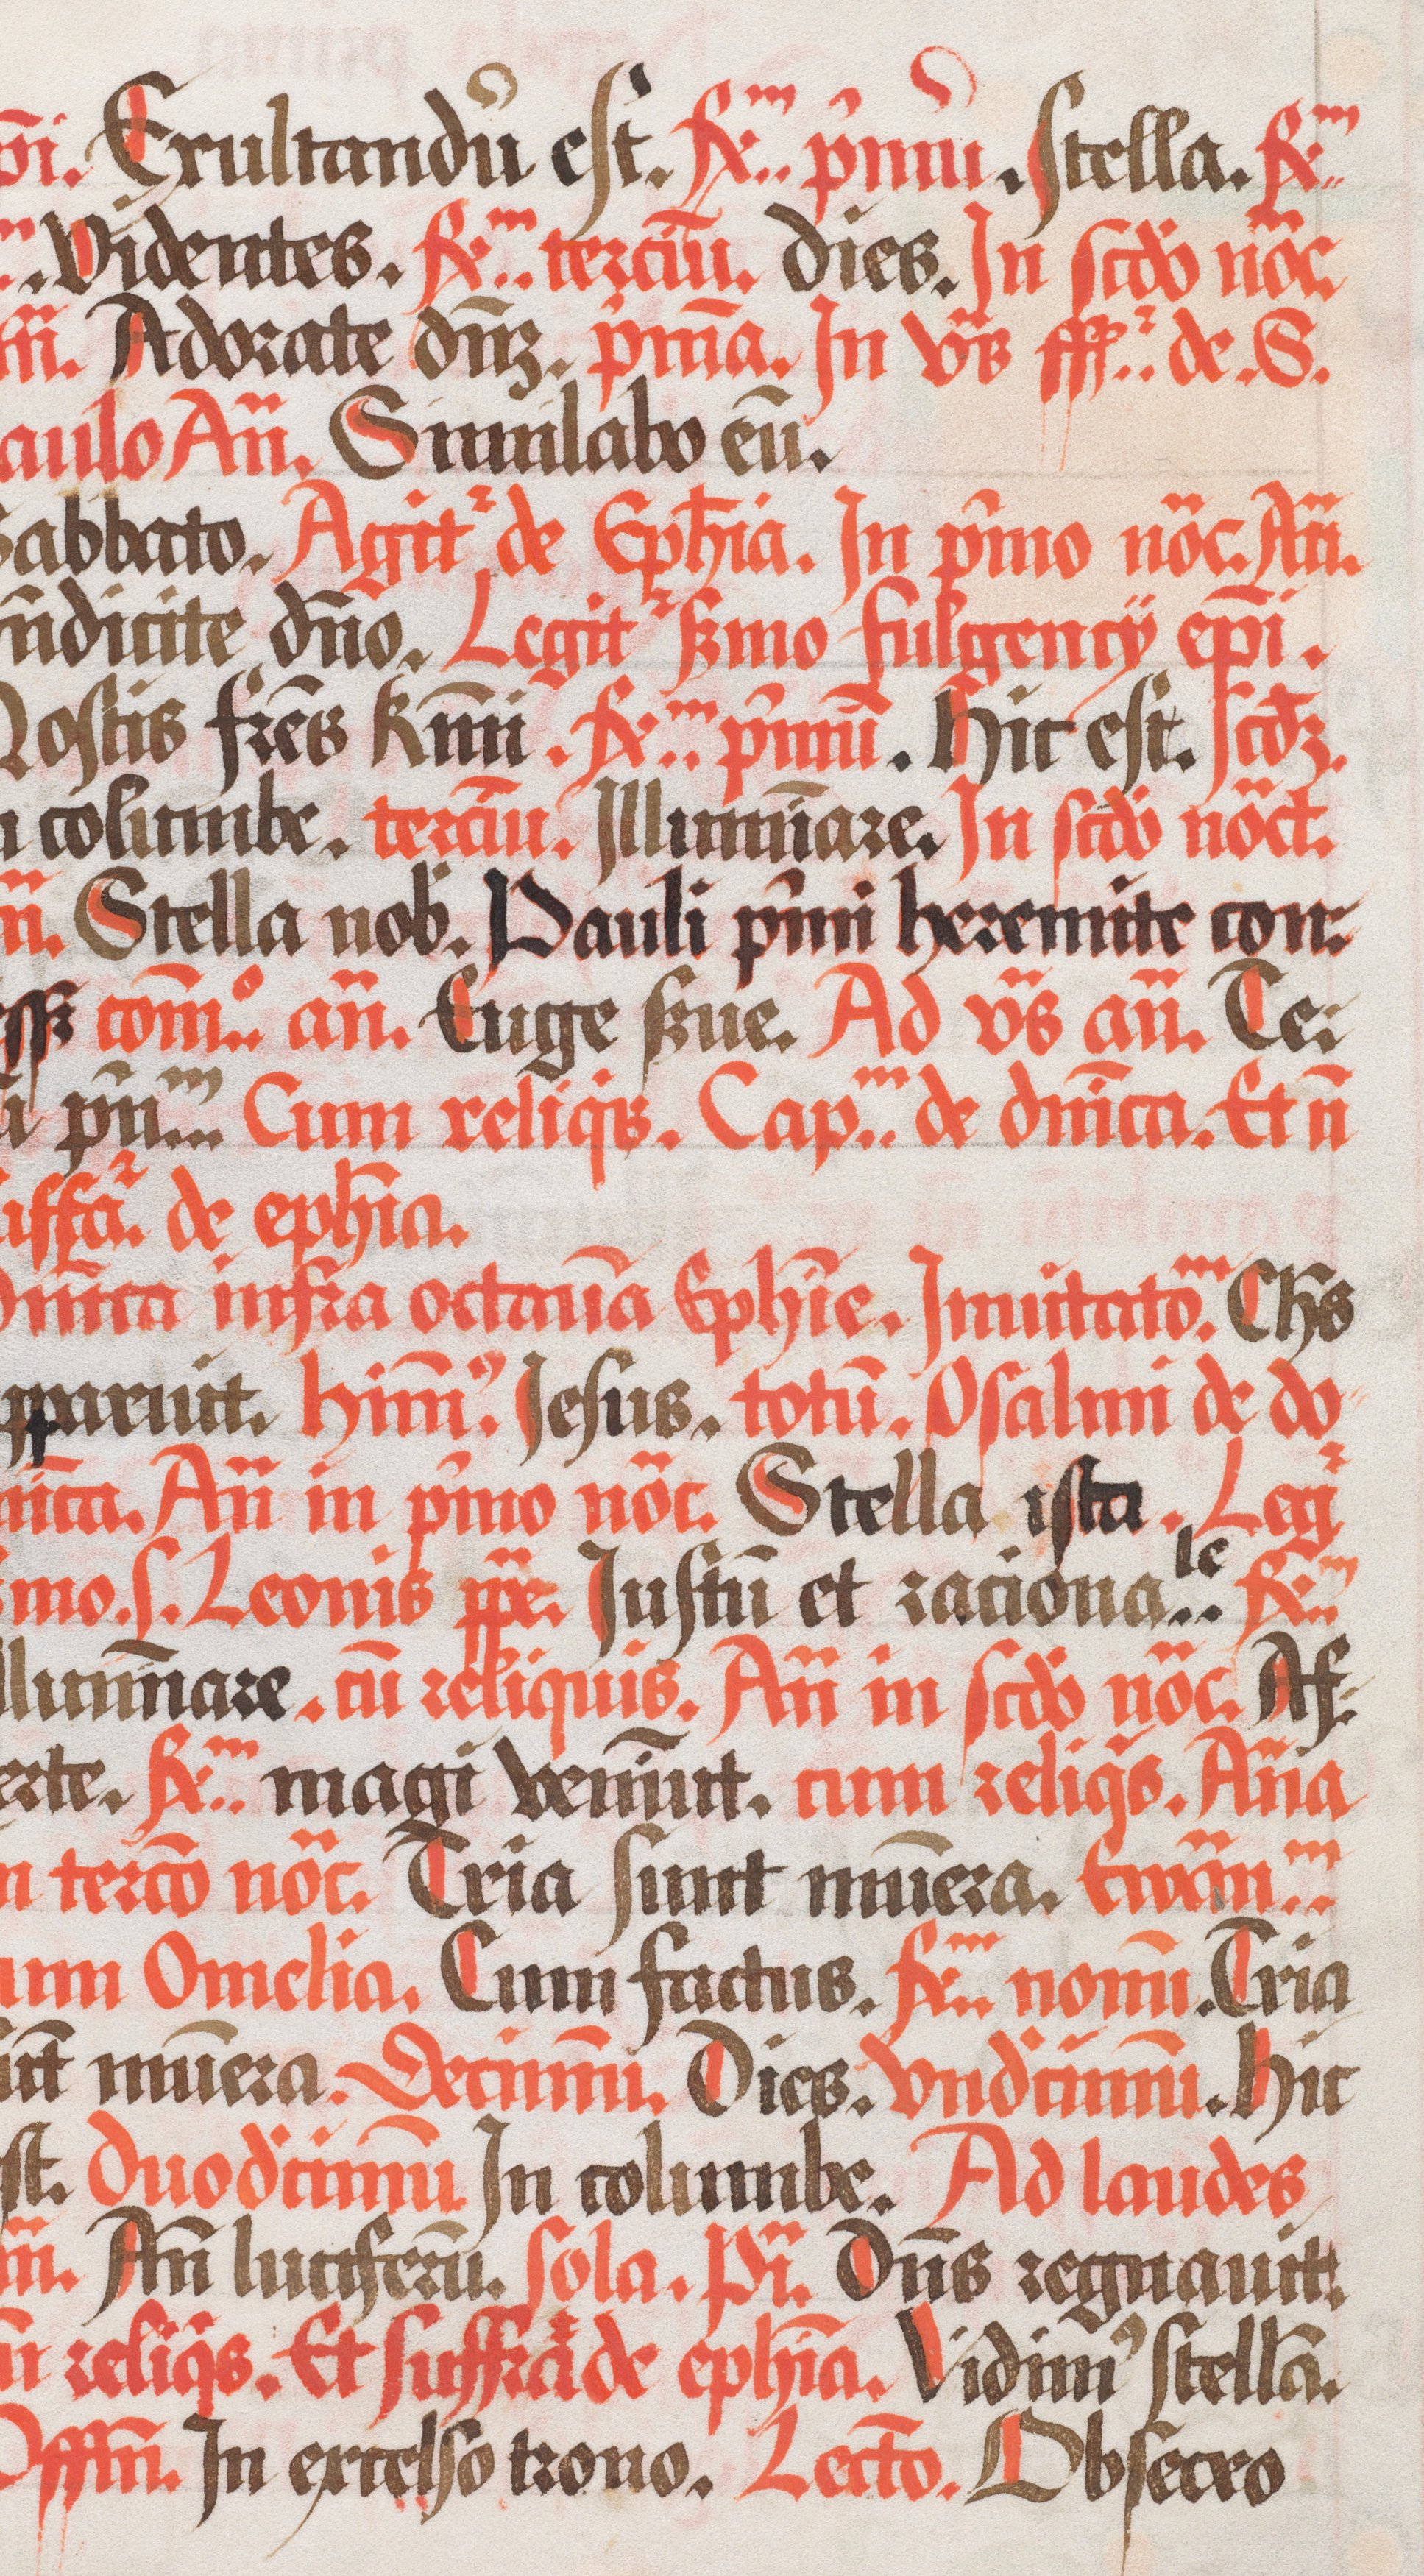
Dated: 1490–1535